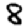
Digit: 8